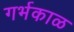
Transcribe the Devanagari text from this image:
गर्भकाळ